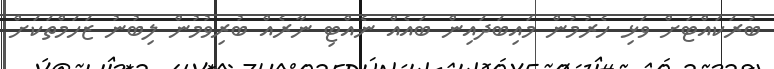
ބުރަކައްޓަށް ވަޅި ހެރުމުން މައިބަދައިން ބައެއް ނެއްޓި ނާރެއް ބުރިވުމުން ލިބުނު ޒަހަމްތަކަށް